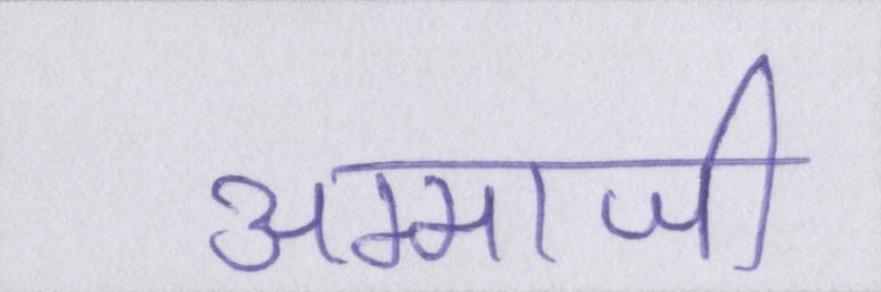
अम्माजी